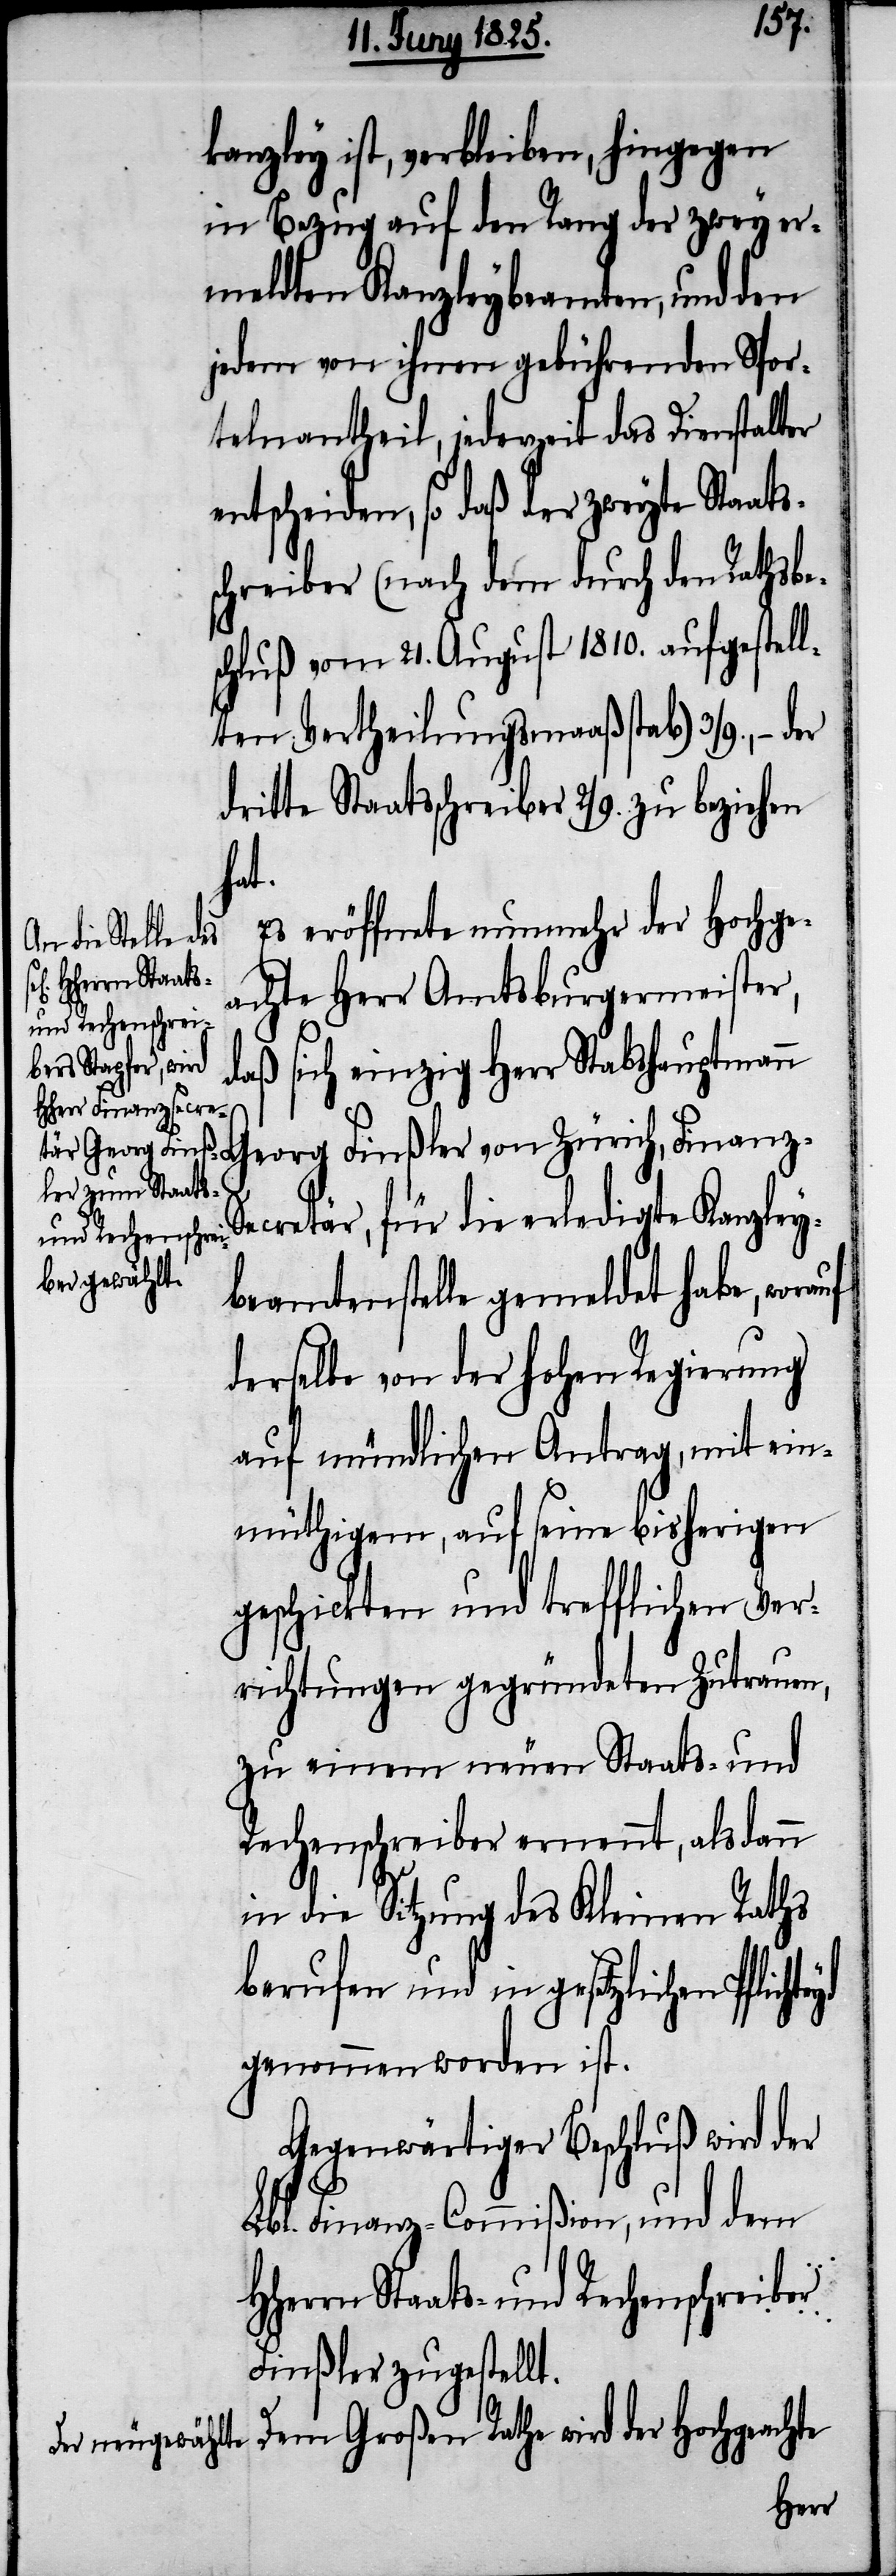
kanzley ist, verbleiben, hingegen
in Bezug auf den Rang der zwey er¬
meldten Kanzleybeamten, und den
jedem von ihnen gebührenden Spor¬
telnantheil, jederzeit das Dienstalter
entscheiden, so daß der zweyte Staats¬
schreiber (nach dem durch den Rathsbe¬
schluß vom 21. August 1810. aufgestell¬
ten Vertheilungsmaaßstab) 3/9., – der
dritte Staatsschreiber 2/9. zu beziehen
hat.
Es eröffnete nunmehr der Hochge¬
HHerrn Staats-
achte Herr Amtsburgermeister,
und Rechenschrei¬
daß sich einzig Herr Stabshauptmann
Zürich, Finanzse¬
cretär, für die erledigte Kanzley¬
beamtenstelle gemeldet habe, worauf
derselbe von der hohen Regierung
auf mündlichen Antrag, mit ein¬
müthigem, auf seine bisherigen
geschickten und trefflichen Ver¬
richtungen gegründeten Zutrauen,
zu einem neuen Staats- und
Rechenschreiber ernennt, alsdann
in die Sitzung des Kleinen Raths
berufen und in gesetzlichen Pflicht¬
genommen worden ist.
Gegenwärtiger Beschluß wird der
Lbl. Finanz-Commißion, und dem
Finßler zugestellt.
Dem Großen Rathe wird der Hochgeachte
ber